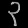
Digit: ၃